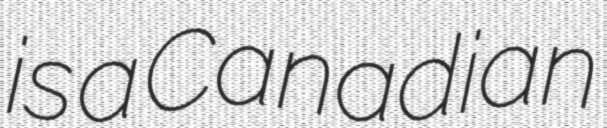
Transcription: is a Canadian